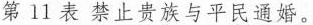
第11表禁止贵族与平民通婚。